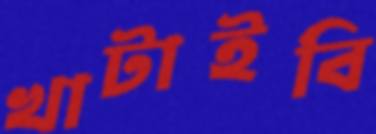
খাটাইবি